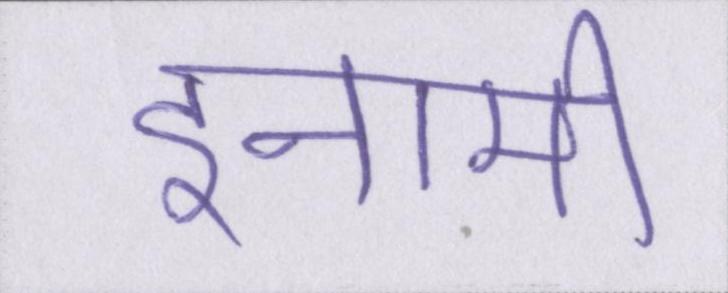
इनामी